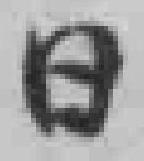
日